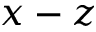
x - z